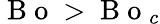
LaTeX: \mathrm{~B~o~}>\mathrm{~B~o~}_{c}